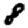
Digit: 8